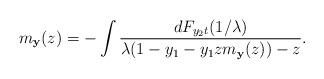
LaTeX: \begin{align*}m_{{\mathbf y}}(z) =-\int\frac{dF_{y_2t}(1/\lambda)}{\lambda(1-y_1-y_1zm_{{\mathbf y}}(z))-z}. \end{align*}